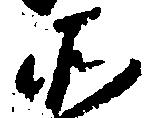
そ